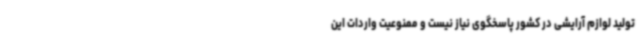
تولید لوازم آرایشی در کشور پاسخگوی نیاز نیست و ممنوعیت واردات این